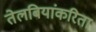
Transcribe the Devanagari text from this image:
तेलबियांकरिता